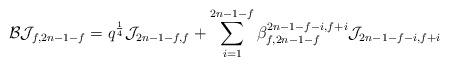
LaTeX: \begin{align*}\mathcal{B}\mathcal{J}_{f,2n-1-f}= q^{ \frac{1}{4}}\mathcal{J}_{2n-1-f,f}+\sum_{i=1}^{2n-1-f}\beta_{f,2n-1-f}^{2n-1-f-i,f+i}\mathcal{J}_{2n-1-f-i,f+i}\end{align*}